Lunatic asylums Central Provinces reports 1910-1926 - 1910-1926
Year: 1910
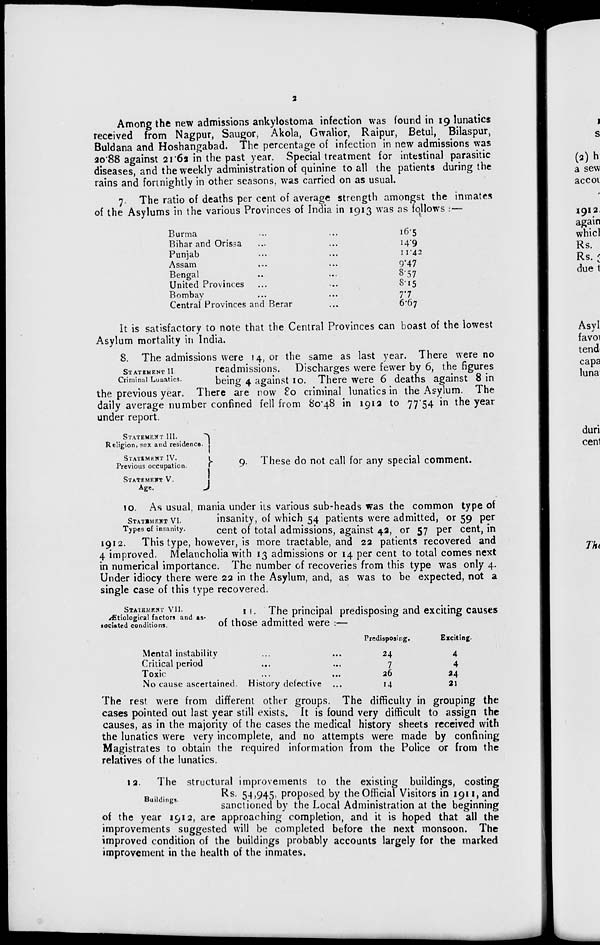
2
Among the new admissions ankylostoma infection was found in 19 lunatics
received from Nagpur, Saugor, Akola, Gwalior, Raipur, Betul, Bilaspur,
Buldana and Hoshangabad. The percentage of infection in new admissions was
20.88 against 21.62 in the past year. Special treatment for intestinal parasitic
diseases, and the weekly administration of quinine to all the patients during the
rains and fortnightly in other seasons, was carried on as usual.
7. The ratio of deaths per cent of average strength amongst the inmates
of the Asylums in the various Provinces of India in 1913 was as follows : —
Burma ... ...
Bihar and Orissa ... ...
Punjab ... ...
Assam ... ...
Bengal ... ...
United Provinces ... ...
Bombay ... ...
Central Provinces and Berar ...
16.5
14.9
11.42
9.47
8.57
8.15
7.7
6.67
It is satisfactory to note that the Central Provinces can boast of the lowest
Asylum mortality in India.
STATEMENT II.
Criminal Lunatics.
8. The admissions were 14, or the same as last year. There were no
readmissions. Discharges were fewer by 6, the figures
being 4 against 10. There were 6 deaths against 8 in
the previous year. There are now 80 criminal lunatics in the Asylum. The
daily average number confined fell from 80.48 in 1912 to 77.54 in the year
under report.
STATEMENT III.
Religion, sex and residence.
STATEMENT IV.
Previous occupation.
STATEMENT V.
Age.
9. These do not call for any special comment.
STATEMENT VI.
Types of insanity.
10. As usual, mania under its various sub-heads was the common type of
insanity, of which 54 patients were admitted, or 59 per
cent of total admissions, against 42, or 57 per cent, in
1912. This type, however, is more tractable, and 22 patients recovered and
4 improved. Melancholia with 13 admissions or 14 per cent to total comes next
in numerical importance. The number of recoveries from this type was only 4.
Under idiocy there were 22 in the Asylum, and, as was to be expected, not a
single case of this type recovered.
STATEMENT VII.
Ætiological factors and as-
sociated conditions.
11. The principal predisposing and exciting causes
of those admitted were :—
Mental instability ... ...
Critical period ... ...
Toxic ... ...
No cause ascertained. History defective ...
Predisposing.
24
7
26
14
Exciting.
4
4
24
21
The rest were from different other groups. The difficulty in grouping the
cases pointed out last year still exists. It is found very difficult to assign the
causes, as in the majority of the cases the medical history sheets received with
the lunatics were very incomplete, and no attempts were made by confining
Magistrates to obtain the required information from the Police or from the
relatives of the lunatics.
Buildings.
12. The structural improvements to the existing buildings, costing
Rs. 54,945, proposed by the Official Visitors in 1911, and
sanctioned by the Local Administration at the beginning
of the year 1912, are approaching completion, and it is hoped that all the
improvements suggested will be completed before the next monsoon. The
improved condition of the buildings probably accounts largely for the marked
improvement in the health of the inmates.